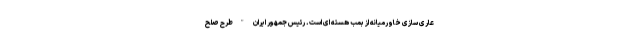
عاری سازی خاورمیانه از بمب هسته ای است. رئیس جمهور ایران "طرح صلح